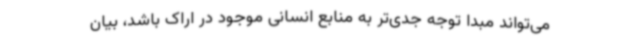
می‌تواند مبدا توجه جدی‌تر به منابع انسانی موجود در اراک باشد، بیان